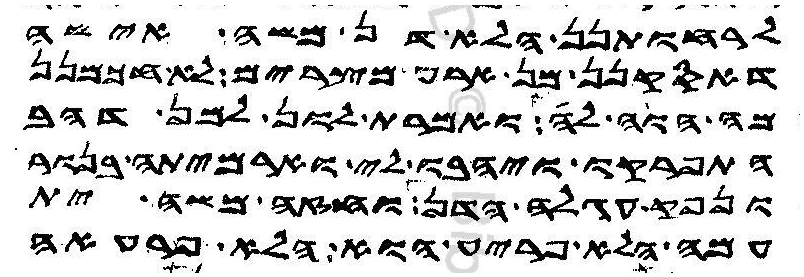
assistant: לרחותנן הלא דן משה אישה
דאסקנן מן ארע מצרים לא חכמנן
מה הוה לה ואמרת לון למן דהב
התפרקו ויהבו לי וארמיתה בנור
ונפק עגלה הדן וחזה משה ית
עמה הלא פריע הוא הלא פרעאה